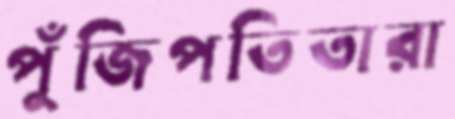
পুঁজিপতিতারা